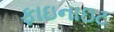
ફાઇનાઇટ